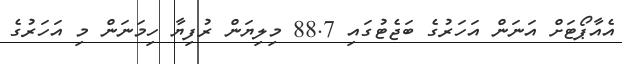
އެއާޕޯޓަށް އަނަން އަހަރުގެ ބަޖެޓުގައި 88.7 މިލިޔަން ރުފިޔާ ހިމަނަން މި އަހަރުގެ